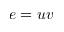
e = u v